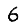
Digit: 6